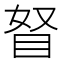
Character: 𥅄